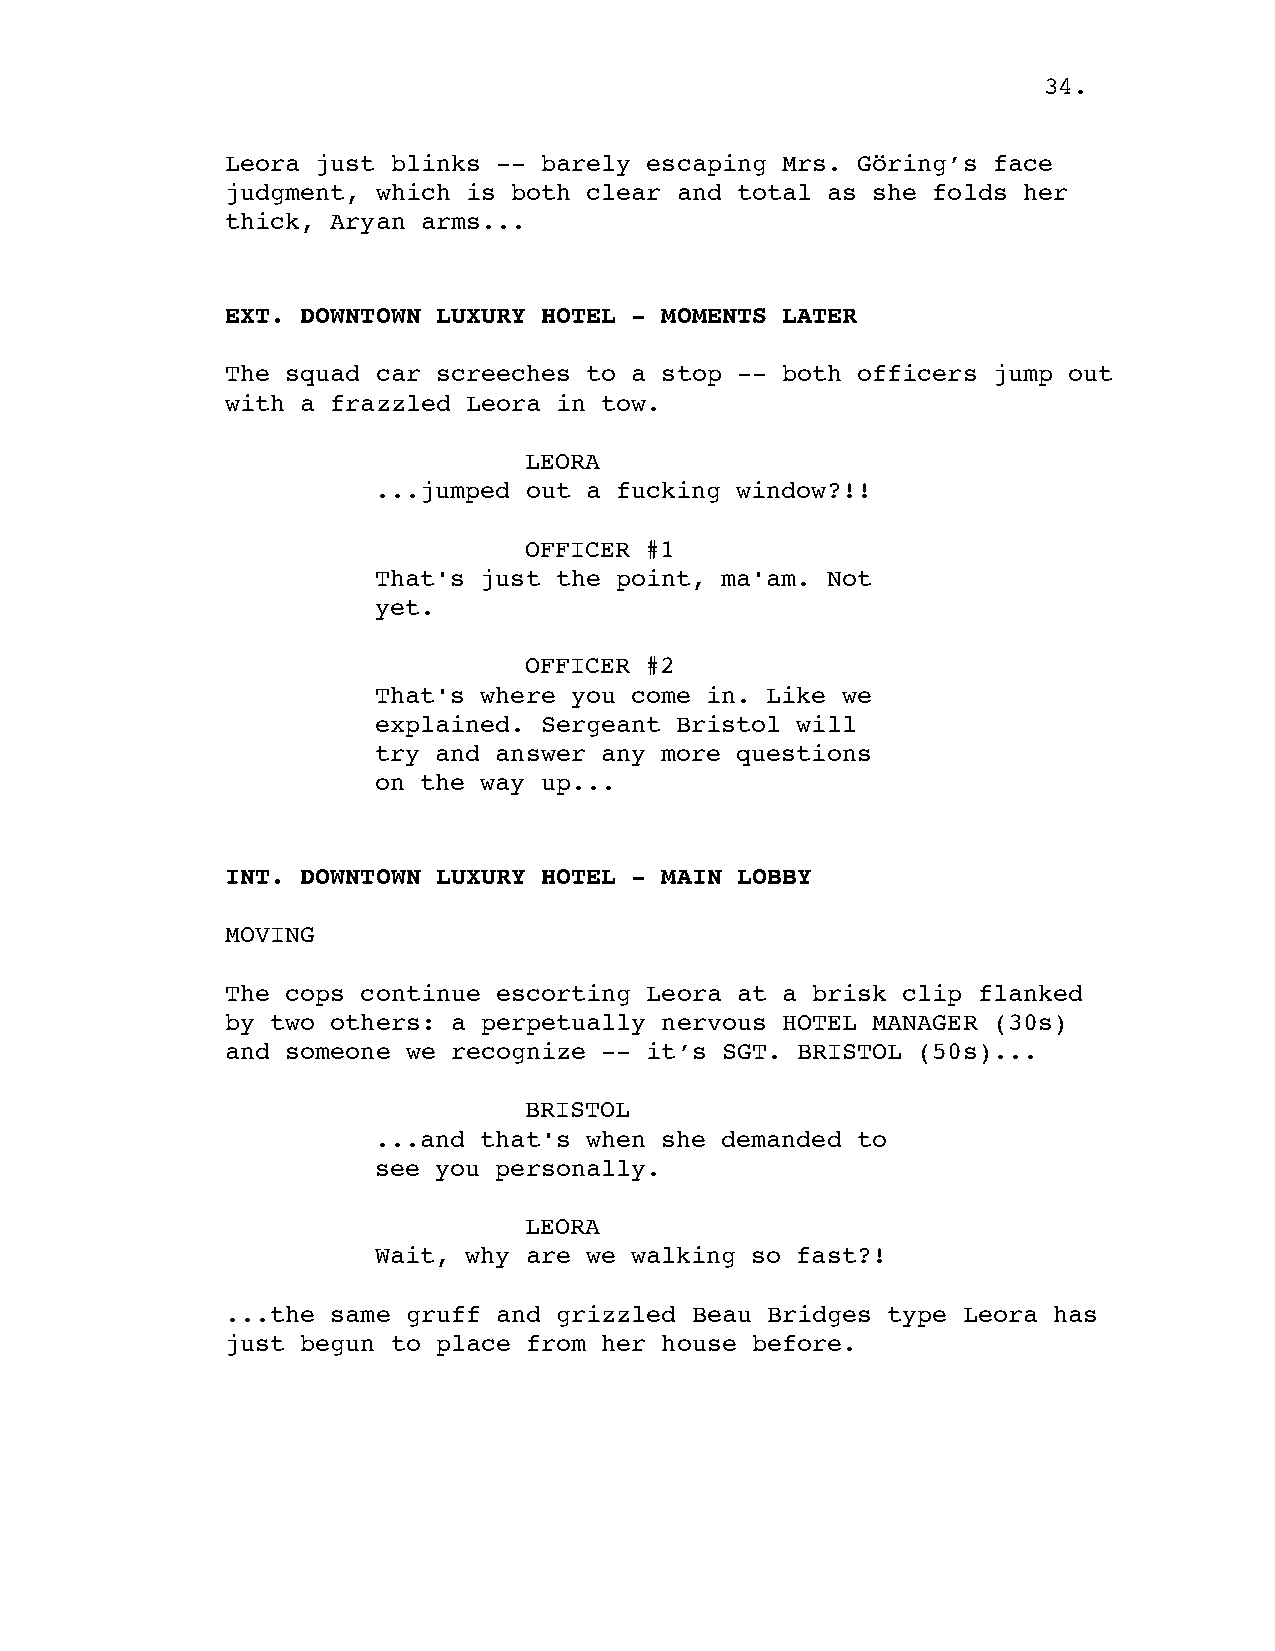
34.
 Leora just blinks -- barely escaping Mrs. Göring’s face
 judgment, which is both clear and total as she folds her
 thick, Aryan arms...
 EXT. DOWNTOWN LUXURY HOTEL - MOMENTS LATER
 The squad car screeches to a stop -- both officers jump out
 with a frazzled Leora in tow.
 LEORA
 ...jumped out a fucking window?!!
 OFFICER #1
 That's just the point, ma'am. Not
 yet.
 OFFICER #2
 That's where you come in. Like we
 explained. Sergeant Bristol will
 try and answer any more questions
 on the way up...
 INT. DOWNTOWN LUXURY HOTEL - MAIN LOBBY
 MOVING
 The cops continue escorting Leora at a brisk clip flanked
 by two others: a perpetually nervous HOTEL MANAGER (30s)
 and someone we recognize -- it’s SGT. BRISTOL (50s)...
 BRISTOL
 ...and that's when she demanded to
 see you personally.
 LEORA
 Wait, why are we walking so fast?!
 ...the same gruff and grizzled Beau Bridges type Leora has
 just begun to place from her house before.